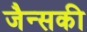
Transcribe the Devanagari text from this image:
जैन्सकी